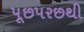
પૂછપરછથી